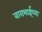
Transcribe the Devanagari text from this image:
बाराभाईच्या